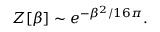
Z [ \beta ] \sim e ^ { - \beta ^ { 2 } / 1 6 \pi } .